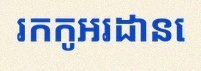
រកកូអរដោនេ